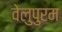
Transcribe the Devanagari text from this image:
वेलुपुरम